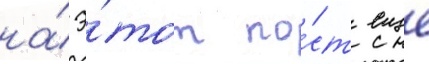
на́ э́тот по́ст еще